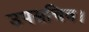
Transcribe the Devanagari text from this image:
उपसचिव।